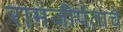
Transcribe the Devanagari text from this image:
रामजीपंताचे